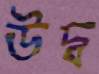
উদ্ব